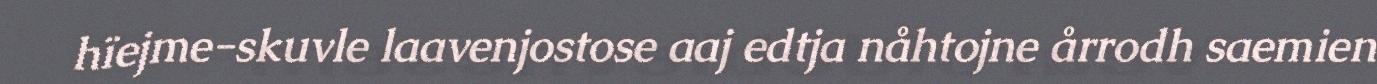
hïejme-skuvle laavenjostose aaj edtja nåhtojne årrodh saemien